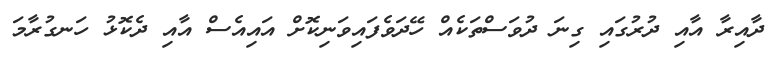
ދާއިރާ އާއި ދުރުގައި ގިނަ ދުވަސްތަކެއް ހޭދަވެފައިވަނިކޮށް އައިއެސް އާއި ދެކޮޅު ހަނގުރާމަ